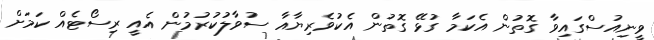
ވީނިއުސްގައިވާ ގޮތުން އެކަމާ ގުޅޭ ގޮތުން އެކުވެރިޔާއާ ސުވާލުކުރުމުން އެއީ ރިސޯޓެއް ކަމަށް